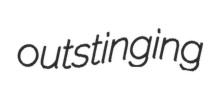
outstinging